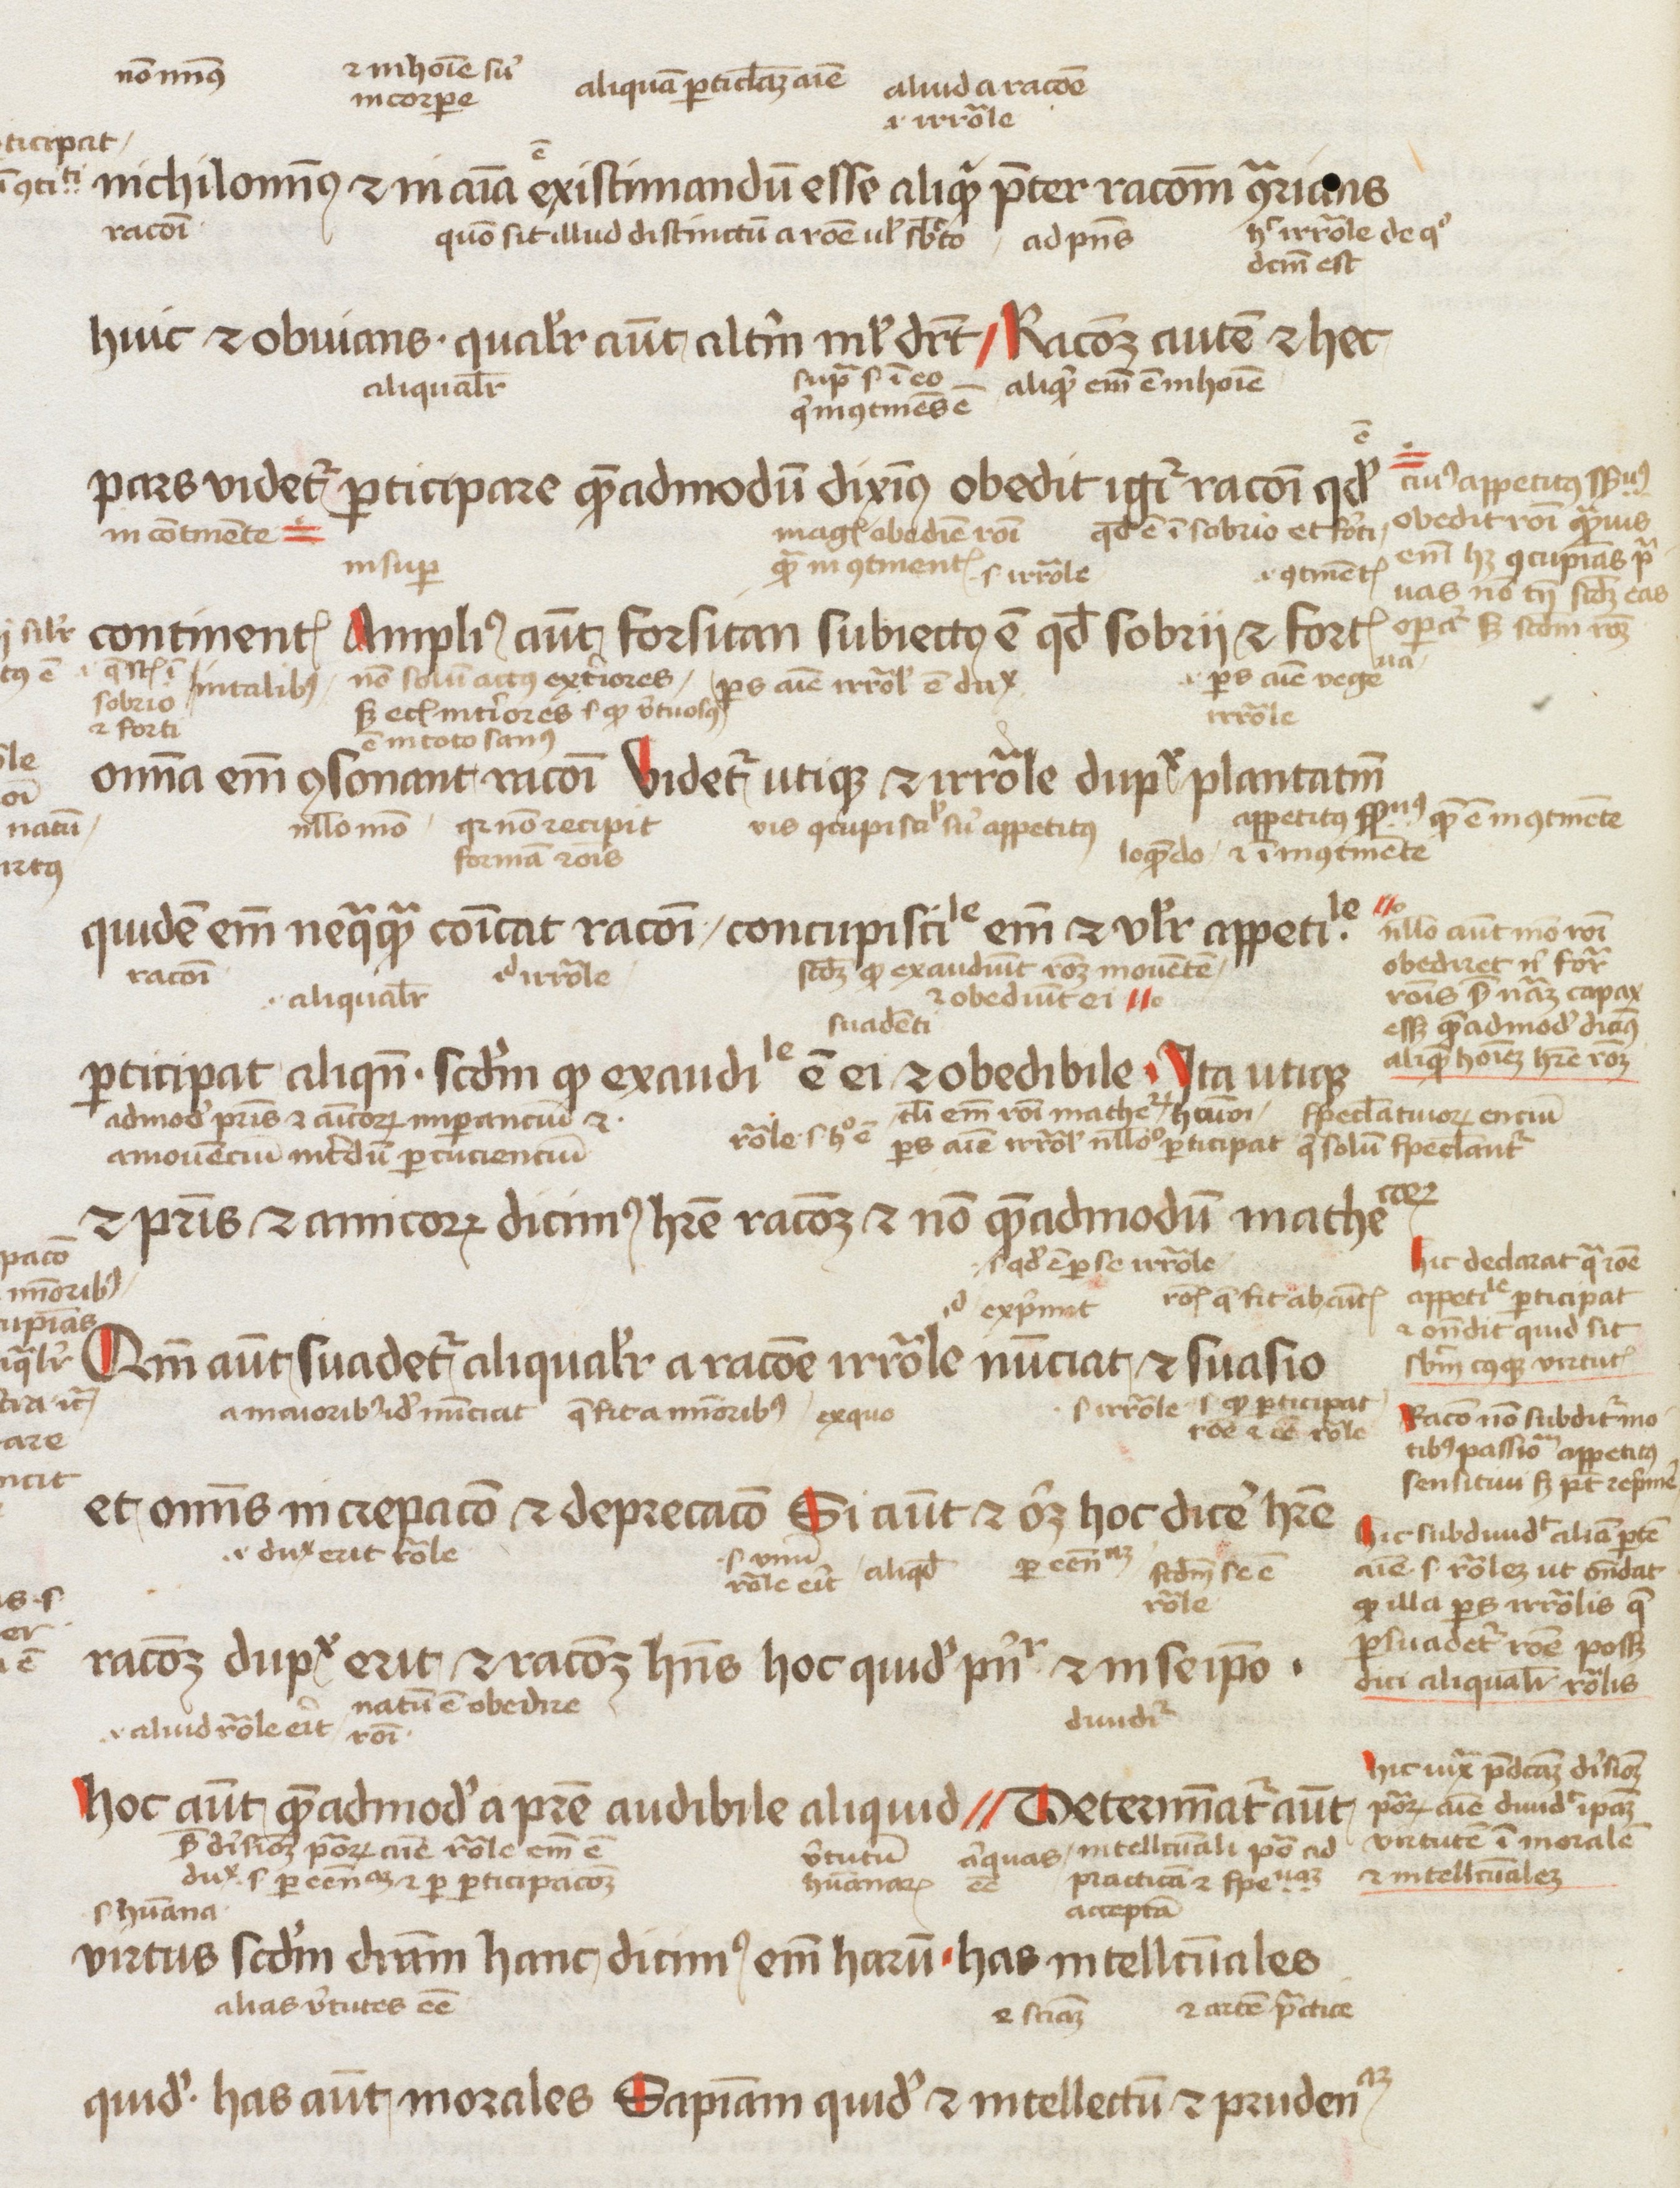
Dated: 1450–1474